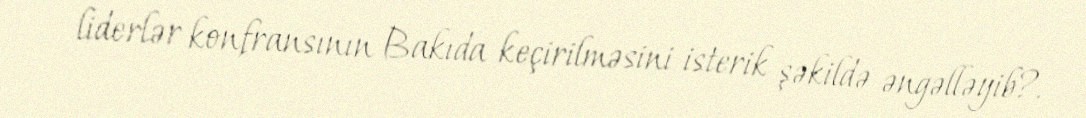
liderlər konfransının Bakıda keçirilməsini isterik şəkildə əngəlləyib?.